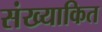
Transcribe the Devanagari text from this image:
संख्याकित